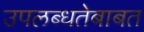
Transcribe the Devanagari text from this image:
उपलब्धतेबाबत